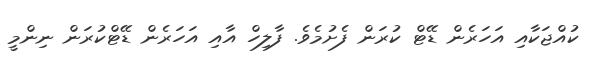
ކުއްޖަކާއި އަހަރެން ޑޭޓް ކުރަން ފެށުމެވެ. ފާލިހް އާއި އަަހަރެން ޑޭޓްކުރަން ނިންމީ